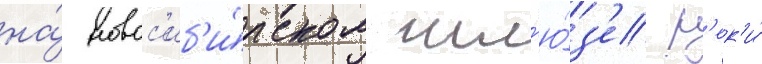
на́ новос'иб'и́рском шл'ю́з'е р'ек'и́